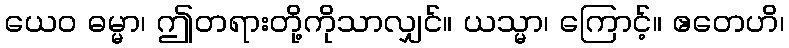
ယေဝ ဓမ္မာ၊ ဤတရားတို့ကိုသာလျှင်။ ယသ္မာ၊ ကြောင့်။ ဧတေဟိ၊